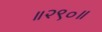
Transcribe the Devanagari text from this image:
॥२९०॥